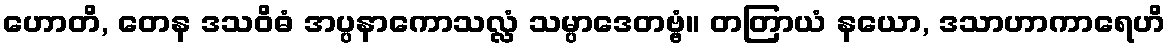
ဟောတိ, တေန ဒသဝိဓံ အပ္ပနာကောသလ္လံ သမ္ပာဒေတဗ္ဗံ။ တတြာယံ နယော, ဒသာဟာကာရေဟိ